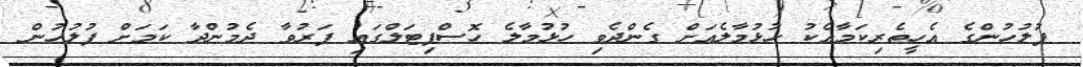
ފުލުހުންގެ އެހީތެރިކަމާއެކު ހުޅުމާލެއަށް ގެންދެވި ހުޅުމާލެ ހޮސްޕިޓަލްގައި ފަރުވާ ދެމުންދާ ކަމަށް ފުލުހުން